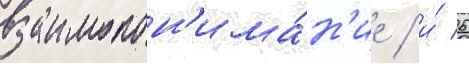
взаимопон'има́н'ие / и́ 6